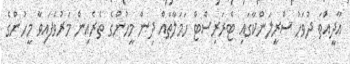
އާދީއްތަ ދުވަހު ސްރީލަންކާގައި ޓެރަރިސްޓް ހަމަލާތައް ދިން މީހުންގެ ތެރެއިން މަރުވެފައިވާ މީހުންގެ